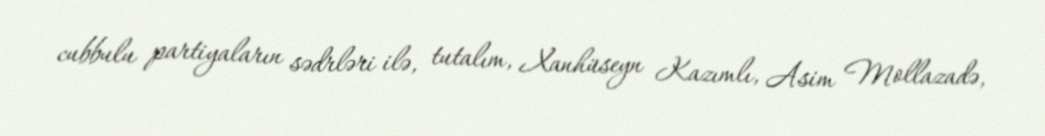
cubbulu partiyaların sədrləri ilə, tutalım, Xanhüseyn Kazımlı, Asim Mollazadə,